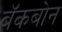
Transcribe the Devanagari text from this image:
बॅकबोन